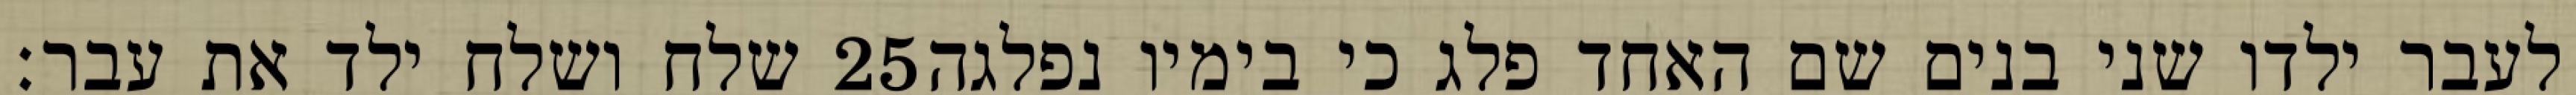
שלח ושלח ילד את עבר׃ ‎25‏ לעבר ילדו שני בנים שם האחד פלג כי בימיו נפלגה